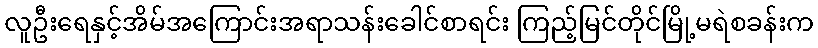
လူဦးရေနှင့်အိမ်အကြောင်းအရာသန်းခေါင်စာရင်း ကြည့်မြင်တိုင်မြို့မရဲစခန်းက